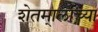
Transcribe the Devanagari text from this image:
शेतमा्लाच्या